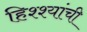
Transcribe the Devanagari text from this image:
हिश्श्यांची